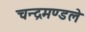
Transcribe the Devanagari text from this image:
चन्द्रमण्डले